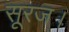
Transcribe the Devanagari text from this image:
सूरज।